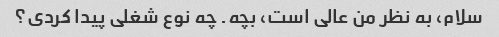
سلام، به نظر من عالی است، بچه. چه نوع شغلی پیدا کردی؟